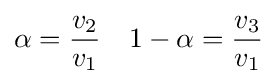
\alpha ={\frac {v_{2}}{v_{1}}}\quad 1-\alpha ={\frac {v_{3}}{v_{1}}}